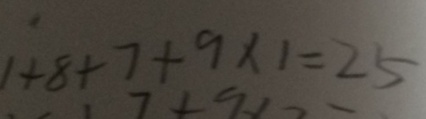
1 + 8 + 7 + 9 \times 1 = 2 5